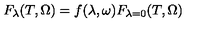
F _ { \lambda } ( T , \Omega ) = f ( \lambda , \omega ) F _ { \lambda = 0 } ( T , \Omega )